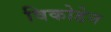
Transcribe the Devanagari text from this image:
विकोडेन